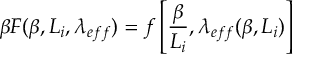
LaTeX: \beta F ( \beta , L _ { i } , \lambda _ { e f f } ) = f \left[ \frac { \beta } { L _ { i } } , \lambda _ { e f f } ( \beta , L _ { i } ) \right]